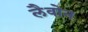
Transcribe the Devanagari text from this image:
लैवोन